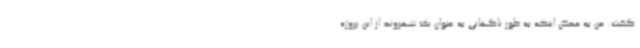
گفت: من به محض اینکه به طور ناگهانی به عنوان یک شهروند از این پروژه